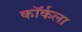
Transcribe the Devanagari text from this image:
कॉर्कला